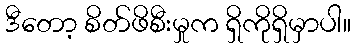
ဒီတော့ စိတ်ဖိစီးမှုက ရှိကိုရှိမှာပါ။